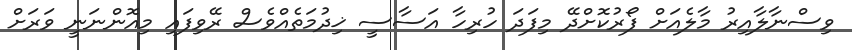
ވިސްނާލާއިރު މާލެއަށް ފޯރުކޮށްދޭ މިފަދަ ހުރިހާ އަސާސީ ޚިދުމަތެއްވެސް ރޭވިފައި މިއޮންނަނީ ވަރަށް